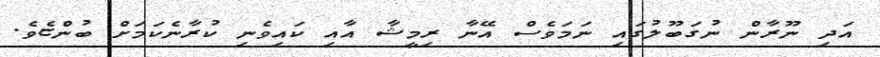
އަދި ނޫރާން ނުގަބޫލުގައި ނަމަވެސް އޭނާ ރިމީޝާ އާއި ކައިވެނި ކުރާނެކަމަށް ބުންޏެވެ.